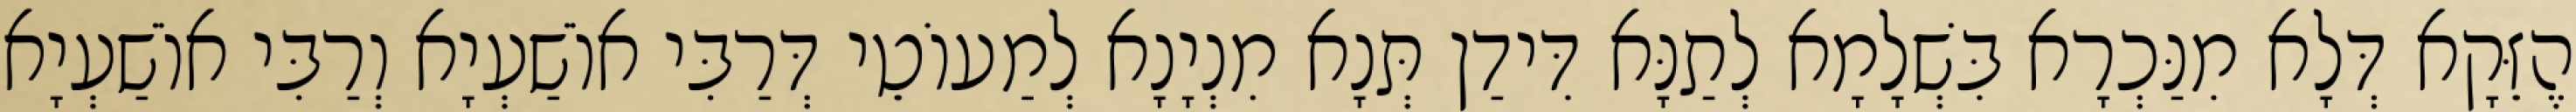
הֶזֵּקָא דְּלָא מִנַּכְרָא בִּשְׁלָמָא לְתַנָּא דִּידַן תְּנָא מִנְיָנָא לְמַעוֹטֵי דְּרַבִּי אוֹשַׁעְיָא וְרַבִּי אוֹשַׁעְיָא